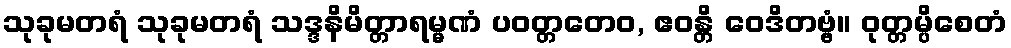
သုခုမတရံ သုခုမတရံ သဒ္ဒနိမိတ္တာရမ္မဏံ ပဝတ္တတေဝ, ဧဝန္တိ ဝေဒိတဗ္ဗံ။ ဝုတ္တမ္ပိစေတံ